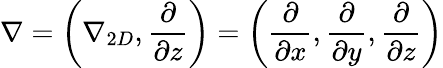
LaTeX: \nabla=\left(\nabla_{2D},\frac{\partial}{\partial z}\right)=\left(\frac{\partial}{\partial x},\frac{\partial}{\partial y},\frac{\partial}{\partial z}\right)